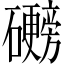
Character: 𬒩